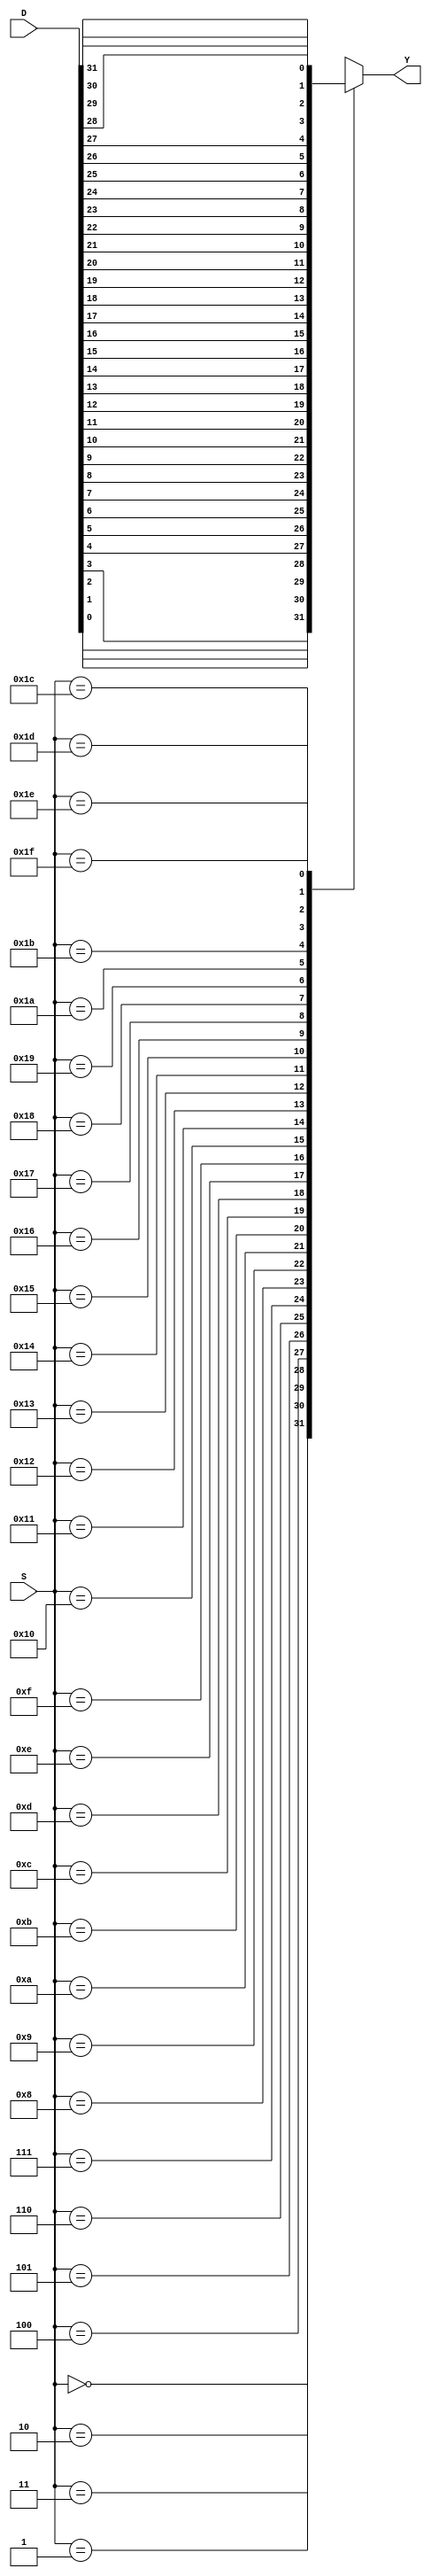
module mux_32_1(
  input [31:0] D,
  input [4:0] S,
  output reg Y
);

always @(*) begin
  case(S)
    5'b00000: Y = D[0];
    5'b00001: Y = D[1];
    5'b00010: Y = D[2];
    5'b00011: Y = D[3];
    5'b00100: Y = D[4];
    5'b00101: Y = D[5];
    5'b00110: Y = D[6];
    5'b00111: Y = D[7];
    5'b01000: Y = D[8];
    5'b01001: Y = D[9];
    5'b01010: Y = D[10];
    5'b01011: Y = D[11];
    5'b01100: Y = D[12];
    5'b01101: Y = D[13];
    5'b01110: Y = D[14];
    5'b01111: Y = D[15];
    5'b10000: Y = D[16];
    5'b10001: Y = D[17];
    5'b10010: Y = D[18];
    5'b10011: Y = D[19];
    5'b10100: Y = D[20];
    5'b10101: Y = D[21];
    5'b10110: Y = D[22];
    5'b10111: Y = D[23];
    5'b11000: Y = D[24];
    5'b11001: Y = D[25];
    5'b11010: Y = D[26];
    5'b11011: Y = D[27];
    5'b11100: Y = D[28];
    5'b11101: Y = D[29];
    5'b11110: Y = D[30];
    5'b11111: Y = D[31];
    default: Y = 0;
  endcase
end

endmodule